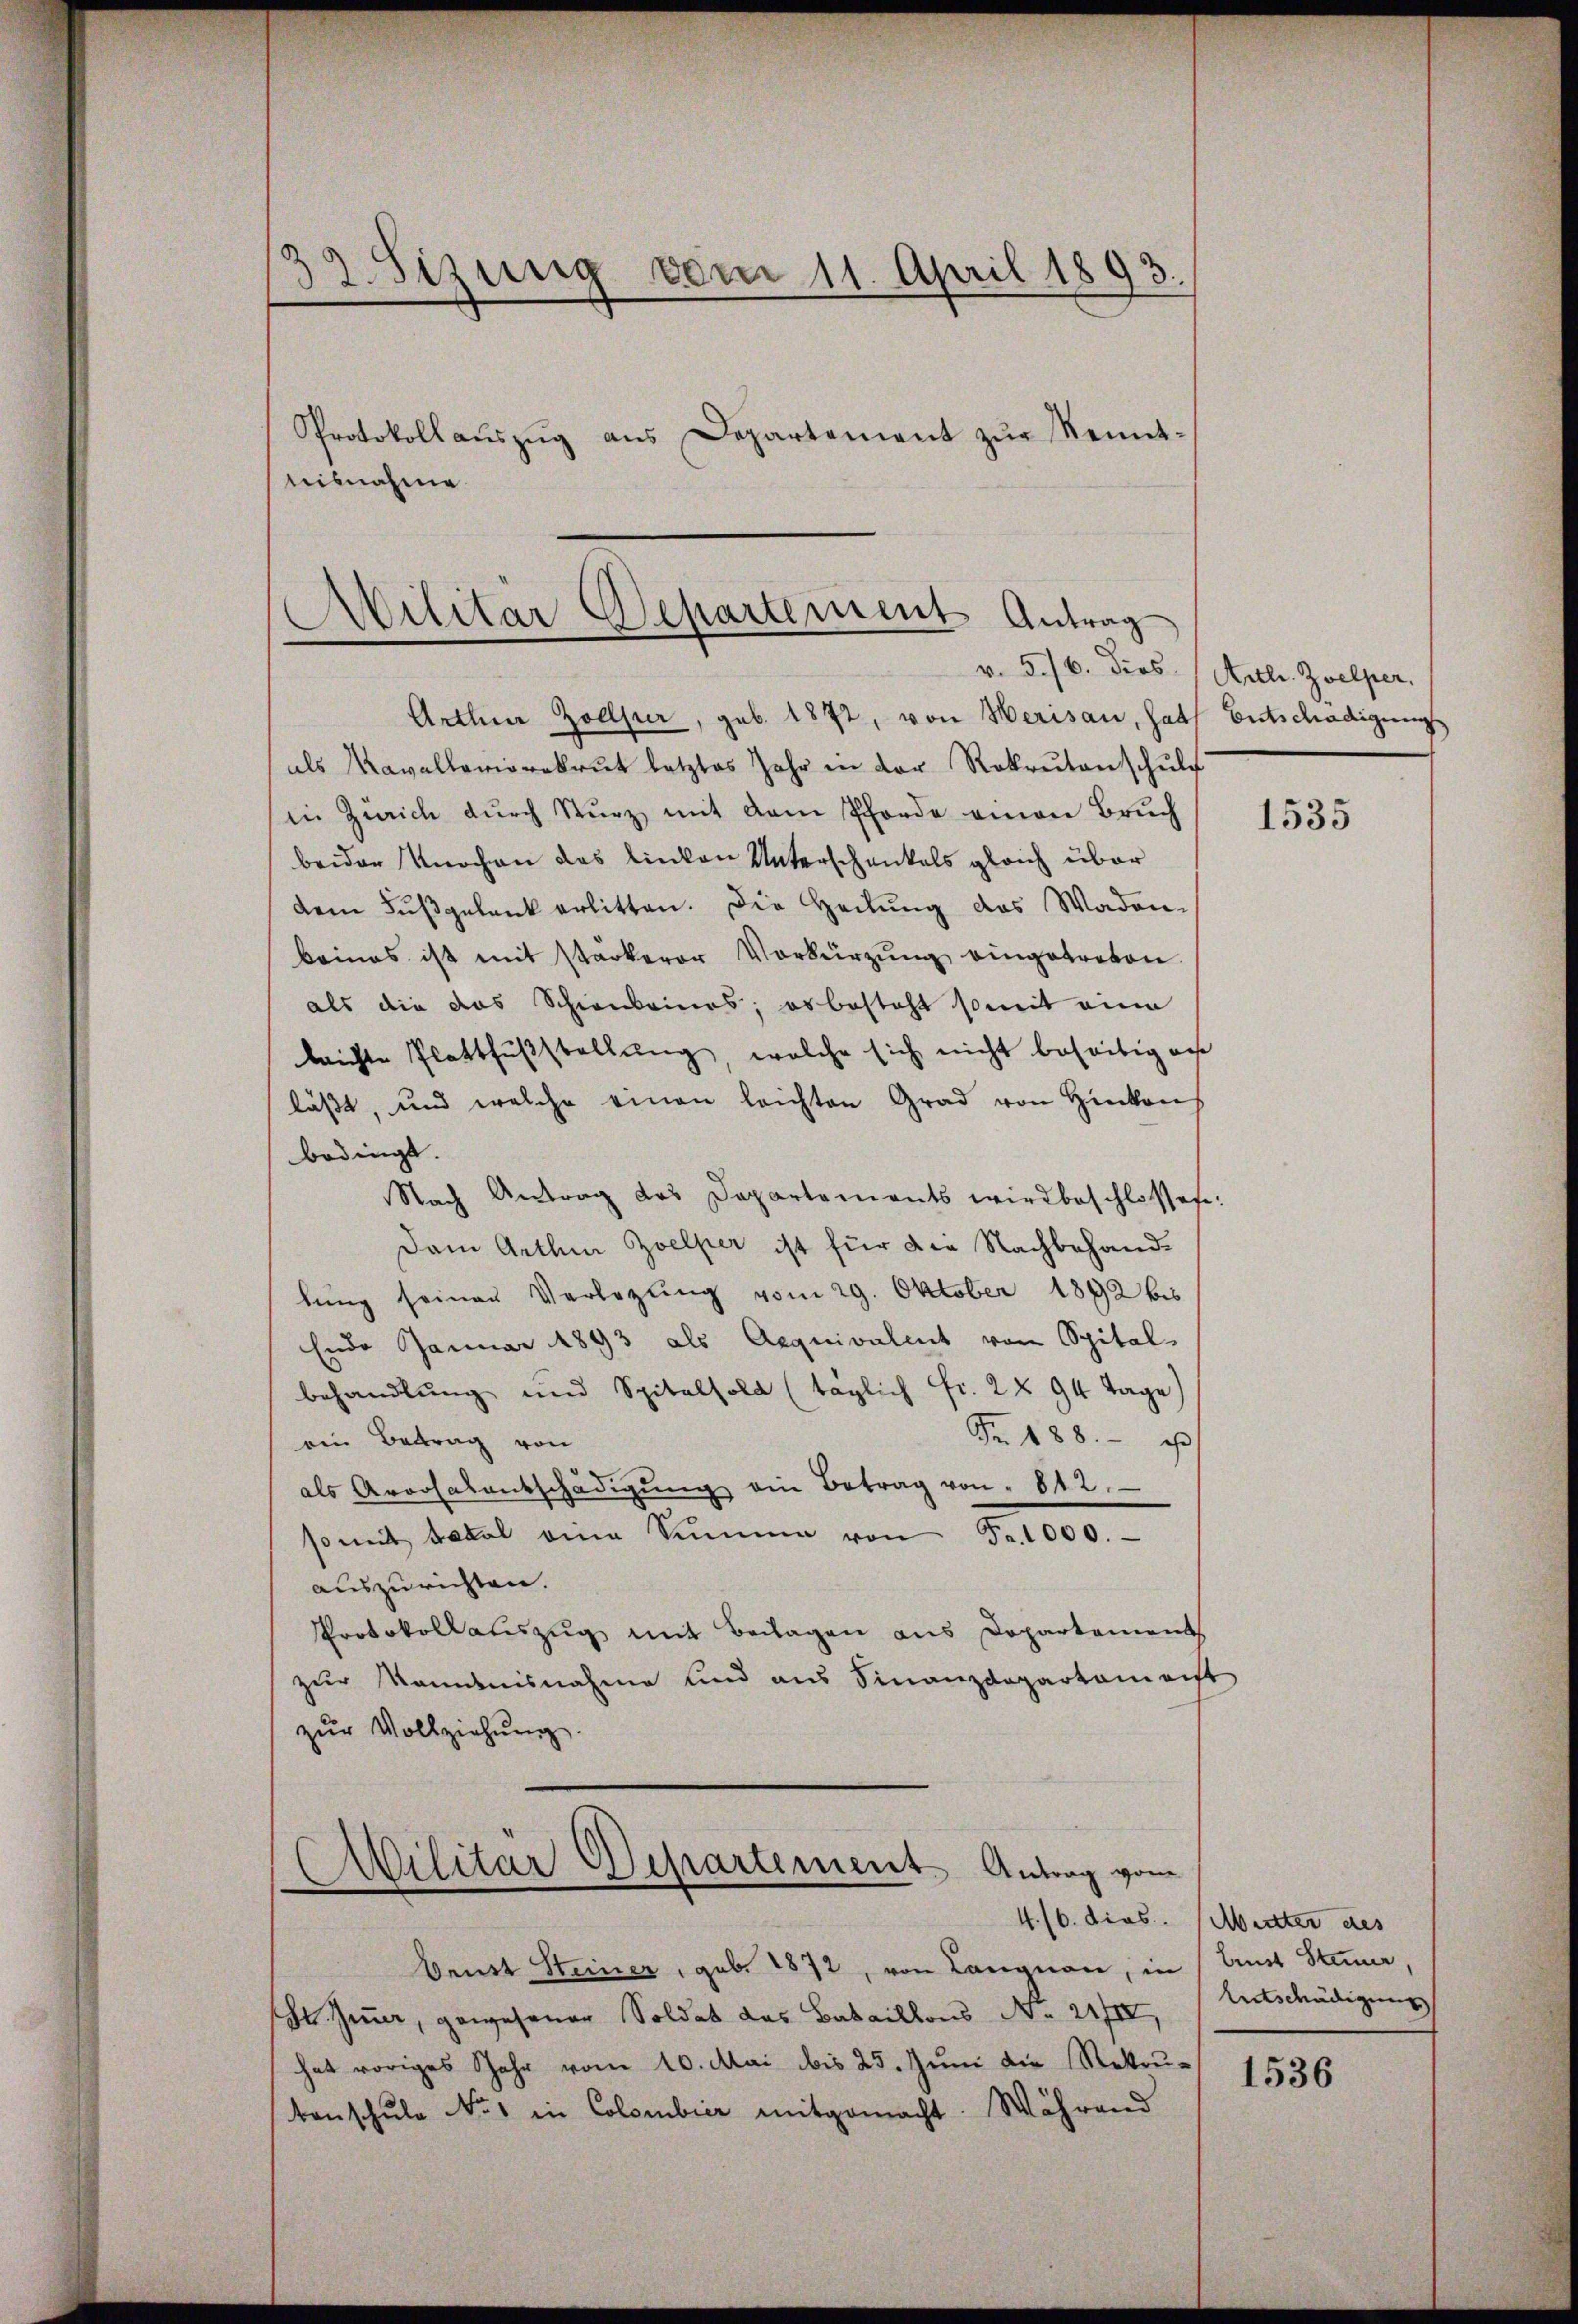
39. Sizung vom 11. April 1893.
2
Protokollaŭszŭg aŭs Departement zŭr Kennt-

tisnahme.

Militär Departement Antrag

Arthur Zollper, geb. 1872, von Herisau, hat Entschädigung
als Kavallerierekrut letztes Jahr in der Rokrŭtanschŭle
in Zürich dŭrch Sturz mit dem Pferde einen Bruch
beider Knochen das linken Unterschenkels gleich über
dem Fŭβgelank erlitten. Die Heilŭng das Waden-
baines ist mit starkerer Verkürzung eingetreten.
als die das Schienbeines; es besteht somit eine
lrichte Plattfusstellung, welche sich nicht beseitig au
läßt, und welche einen leichten Grad von Hinkon
bedingt.
Nach Antrag des Departements wird beschlossese.
Dem Arthin Zoelper ist für die Nachbehandlung seiner Verlegung vom 29. Oktober 1892 bis
Ende Januar 1893 als Aequivalent von Spitalbehandlŭng und Spitalfold (taglich Fr. 2 § 94 Tage
Fr. 188.
ein Betrag von
als Arorsalentschädigŭng ein Betrag von " 612.
somit Basel eine Summe von Fr. 1000.-
auszurichten.
Protokollauszug mit Beilagen aus Departement
zur Kandnisnahme und aus Finanzdepartamaist
zŭr Vollziehŭng.

Militär Departement Antrag vom

Brust Steiner, geb. 1872, von Langnau, in
St. Gener, gewesener Soldat das Bataillons No. 21/II,
hat voriges Jahr vom 10. Mai bis 25. Jŭni die Rekru-
kenschule No 1 in Colombier mitgemacht. Während

v. 5./6. Dies Art. Zwelper.

1535

4. 16. dies. Mutter des
lust Steuer,
Entschädigung

1536